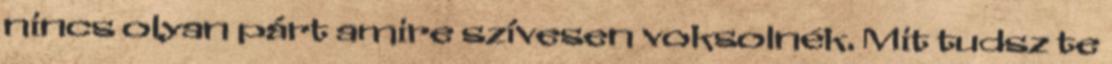
nincs olyan párt amire szívesen voksolnék. Mit tudsz te